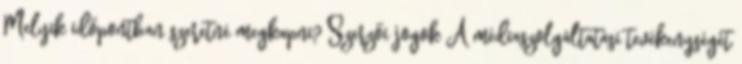
Melyik időpontban szeretné megkapni? Szerzői jogok A médiaszolgáltatási tevékenységét